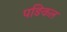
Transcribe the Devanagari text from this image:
पङिकल